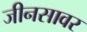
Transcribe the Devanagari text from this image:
जीनसावर